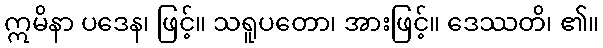
ဣမိနာ ပဒေန၊ ဖြင့်။ သရူပတော၊ အားဖြင့်။ ဒေဿတိ၊ ၏။